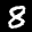
Label: 8